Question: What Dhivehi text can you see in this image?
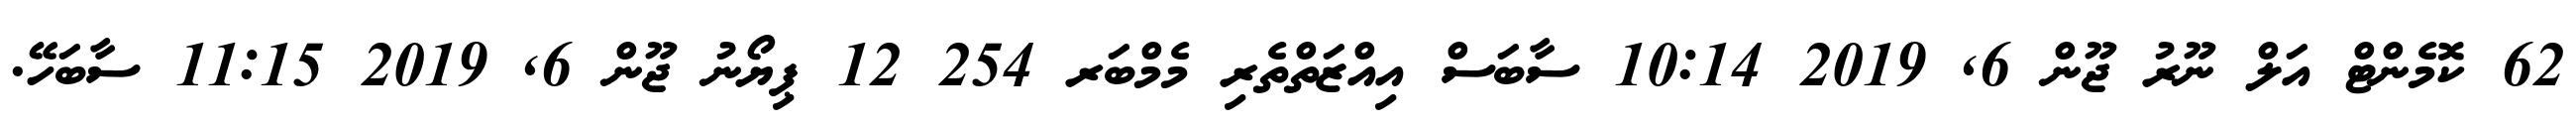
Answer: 62 ކޮމެންޓް އަލް ނޫރު ޖޫން 6, 2019 10:14 ސާބަސް އިއްޒަތްތެރި މެމްބަރ 254 12 ޕިޔޯނު ޖޫން 6, 2019 11:15 ސާބަހޭ.